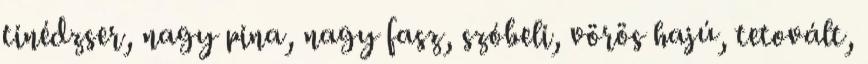
tinédzser, nagy pina, nagy fasz, szóbeli, vörös hajú, tetovált,